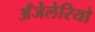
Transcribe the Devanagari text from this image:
अँजेलेरियो